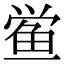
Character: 鲎